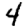
Digit: 4